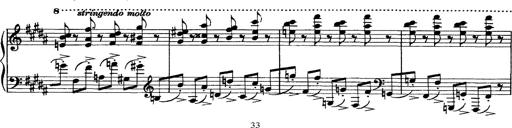
Title: Piano Sonata
Composer: Karl HÃ¤ssler
Key: C major